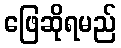
ဖြေဆိုရမည်